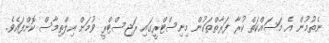
ނެތުމުން އެ މަސައްކަތް ކުރާ ފަރާތްތަކުން މިނިސްޓްރީގައި ރަޖިސްޓްރީ ވުމަށް އިލްތިމާސް ކޮށްފައެވެ.